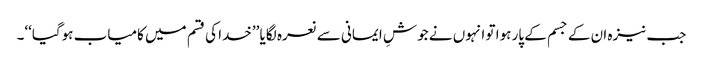
جب نیزہ ان کے جسم کے پار ہوا تو انہوں نے جوشِ ایمانی سے نعرہ لگایا ’’خدا کی قسم میں کامیاب ہوگیا‘‘۔